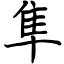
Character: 隼